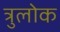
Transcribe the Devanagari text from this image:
त्रुलोक